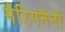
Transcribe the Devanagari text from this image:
मैरिगनैनों